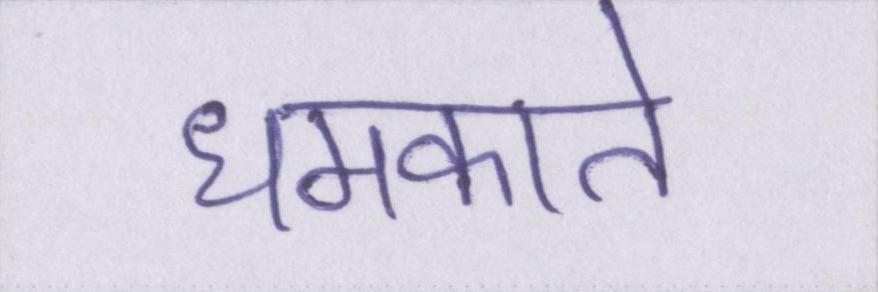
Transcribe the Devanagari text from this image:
धमकाते